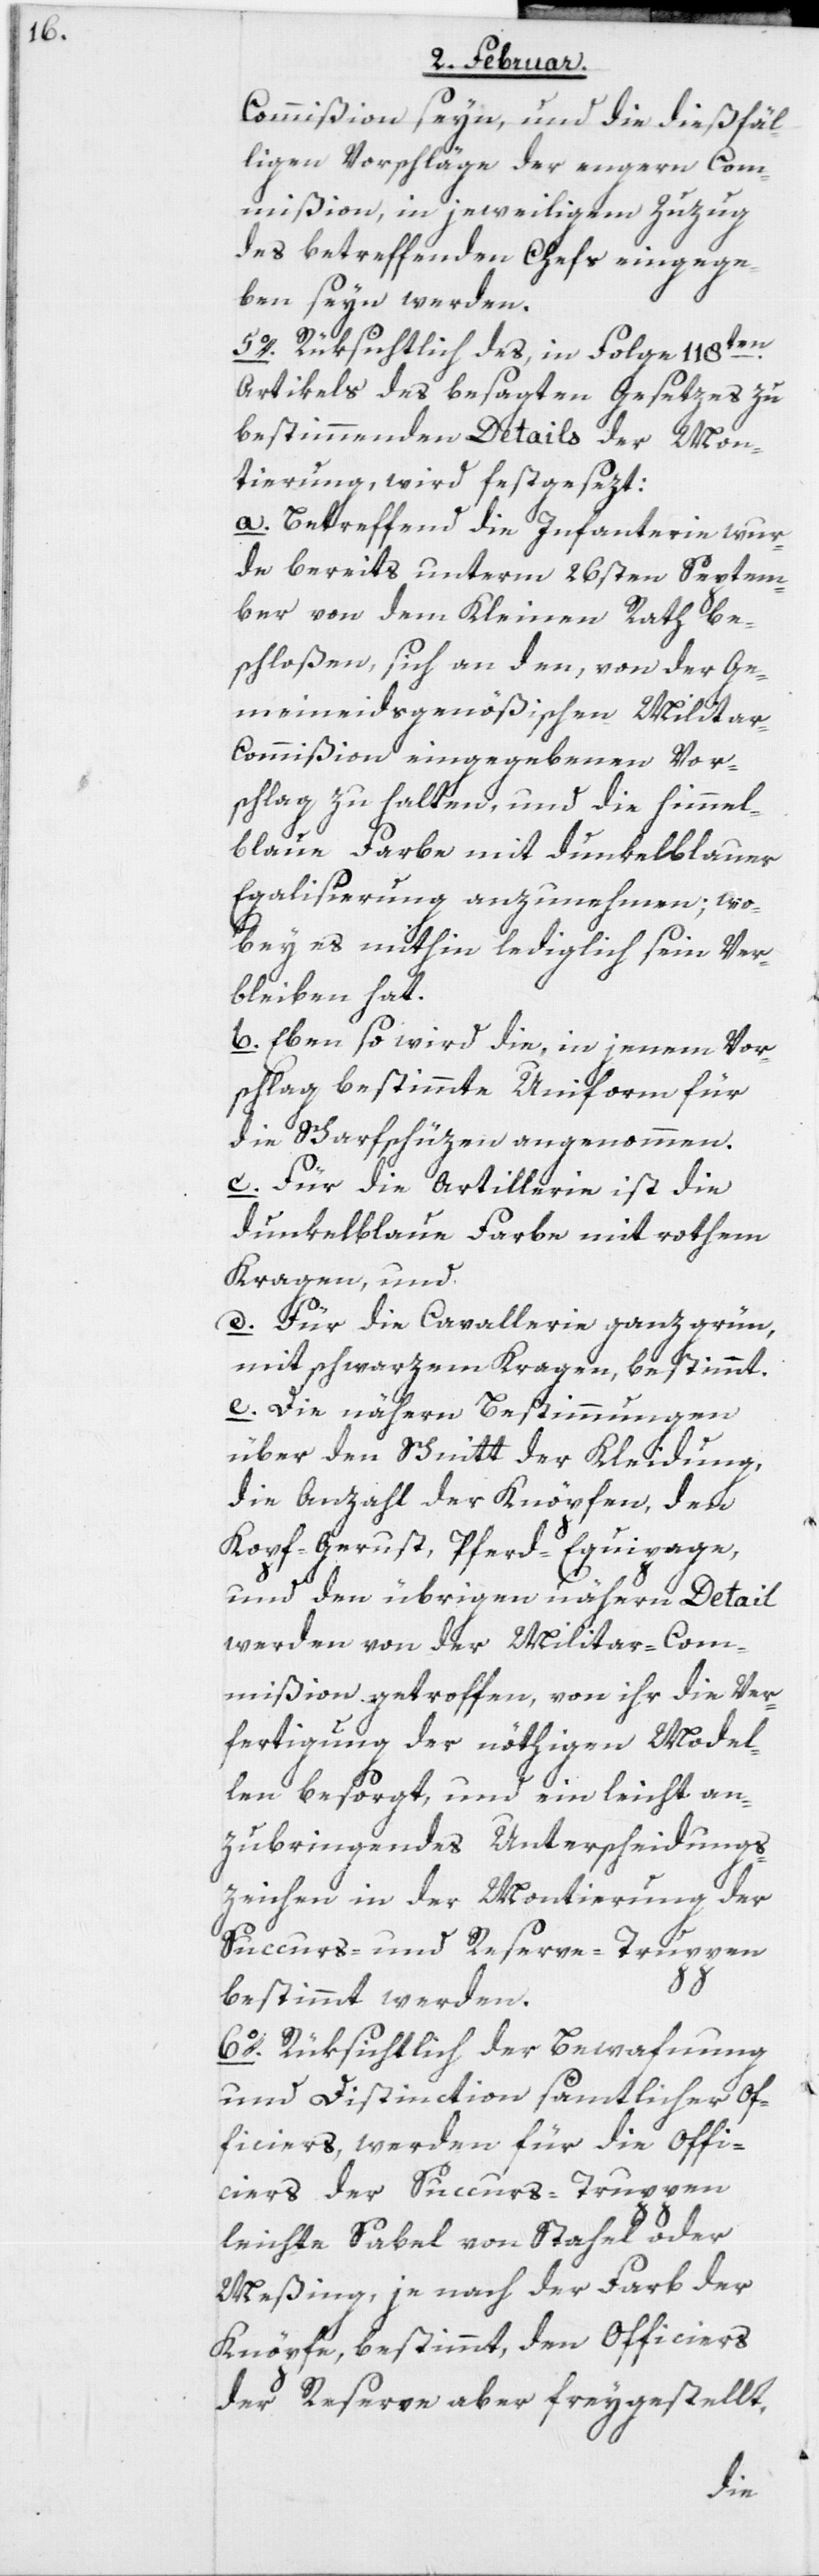
Commißion seyn, und die dießfäl¬
ligen Vorschläge der engern Com¬
mißion, in jeweiligem Zuzug
des betreffenden Chefs eingege¬
ben seyn werden.
5o. Rüksichtlich des, in Folge 118ten.
Artikels des besagten Gesetzes zu
bestimmenden Details der Mon¬
tierung, wird festgesetzt:
a. Betreffend die Infanterie wur¬
de bereits unterm 26sten Septem¬
ber von dem Kleinen Rath be¬
schloßen, sich an den, von der Ge¬
meineidsgenößischen Milita¬
r-Commißion eingegebenen Vor¬
schlag zu halten, und die himmel¬
blaue Farbe mit dunkelblauer
Egalisierung anzunehmen; wo¬
bey es mithin lediglich sein Ver¬
bleiben hat.
b. Eben so wird die, in jenem Vor¬
schlag bestimmte Uniform für
die Scharfschützen angenommen.
c. Für die Artillerie ist die
dunkelblaue Farbe mit rothem
Kragen, und
d. Für die Cavallerie ganz grün,
mit schwarzem Kragen, bestimmt.
e. Die nähern Bestimmungen
über den Schnitt der Kleidung,
die Anzahl der Knöpfen, den
Kopf-Gerust, Pferd-Equipage,
und den übrigen nähern Detail
werden von der Militar-Com¬
mißion getroffen, von ihr die Ver¬
fertigung der nöthigen Model¬
len besorgt, und ein leicht an¬
zubringendes Unterscheidungs¬
zeichen in der Montierung der
Succurs- und Reserve-Truppen
bestimmt werden.
6o. Rüksichtlich der Bewafnung
und Distinction sämtlicher Of¬
ficiers, werden für die Offi¬
ciers der Succurs-Truppen
leichte Sabel von Stahel oder
Meßing, je nach der Farb der
Knöpfe, bestimmt, den Officiers
der Reserve aber freygestellt,